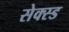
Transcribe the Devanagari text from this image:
सेक्स्ड